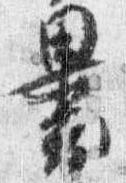
裹